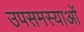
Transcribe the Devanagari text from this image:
उपसमस्याओं